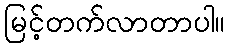
မြင့်တက်လာတာပါ။